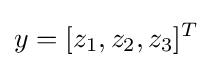
y=[z_{1},z_{2},z_{3}]^{T}